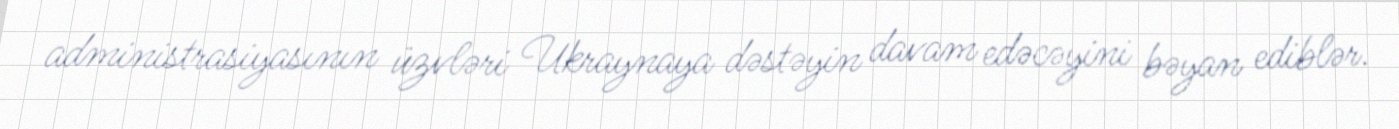
administrasiyasının üzvləri Ukraynaya dəstəyin davam edəcəyini bəyan ediblər.